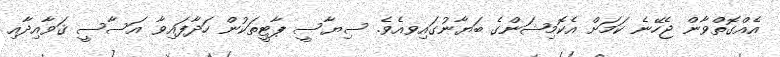
އެއްގޮތްވާން ޖެހޭނެ ކަމަށް އެކޮމިޝަންގެ ބަޔާނުގައިވއެވެ. ސިޔާސީ ޕާޓީތަކުން ހަދާފައިވާ އަސާސީ ޤަވާއިދާއި